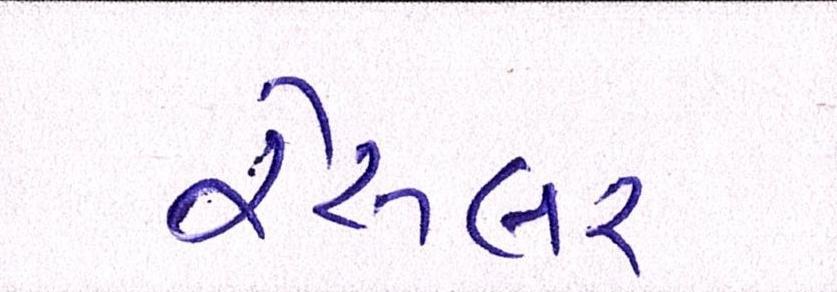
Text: રેસલર